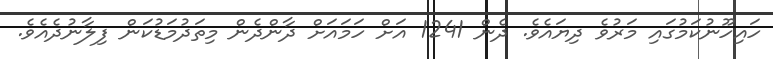
ހައިހޫނުކަމުގައި މަރުވެ ދިޔައެވެ. ދެން 1241 އަށް ހަމައަށް ދާންދެން މިތަދުމަޑުކަން ފިލާނުދެއެވެ.